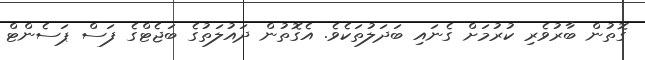
ގޮތުން ބާރުވެރި ކުރުމަށް ގެނައި ބަދަލުތަކެވެ. އެގޮތުން ދައުލަތުގެ ބަޖެޓްގެ ފަސް ޕަސެންޓް